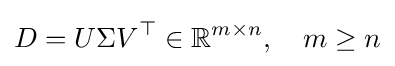
D=U\Sigma V^{\top }\in \mathbb {R} ^{m\times n},\quad m\geq n